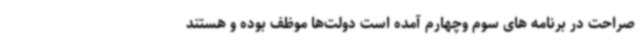
صراحت در برنامه های سوم وچهارم آمده است دولت‌ها موظف بوده و هستند